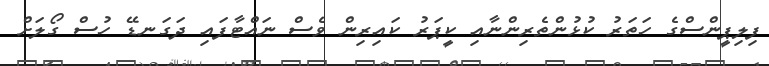
ފިލިޕީންސްގެ ހަތަރު ކުޅުންތެރިންނާއި ކީޕަރު ކައިރިން ވެސް ނައްޓާފައި ދަގަނޑޭ ހުސް ގޯލަށް